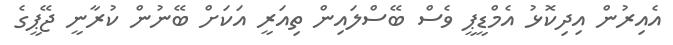
އެއިރުން އިދިކޮޅު އެމްޑީޕީ ވެސް ބޭސްލައިން ތިއަރީ އަކަށް ބޭނުން ކުރާނީ ޖޭޕީގެ